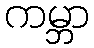
ကမ္ဘာ